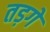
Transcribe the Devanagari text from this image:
तड़गे